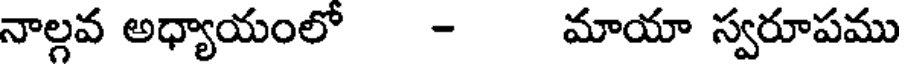
నాల్గవ అధ్యాయంలో - మాయా స్వరూపము